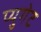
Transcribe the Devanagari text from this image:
प्युगेट